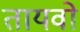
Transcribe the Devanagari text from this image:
तायवो